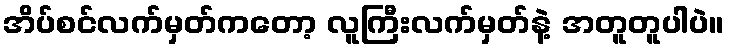
အိပ်စင်လက်မှတ်ကတော့ လူကြီးလက်မှတ်နဲ့ အတူတူပါပဲ။